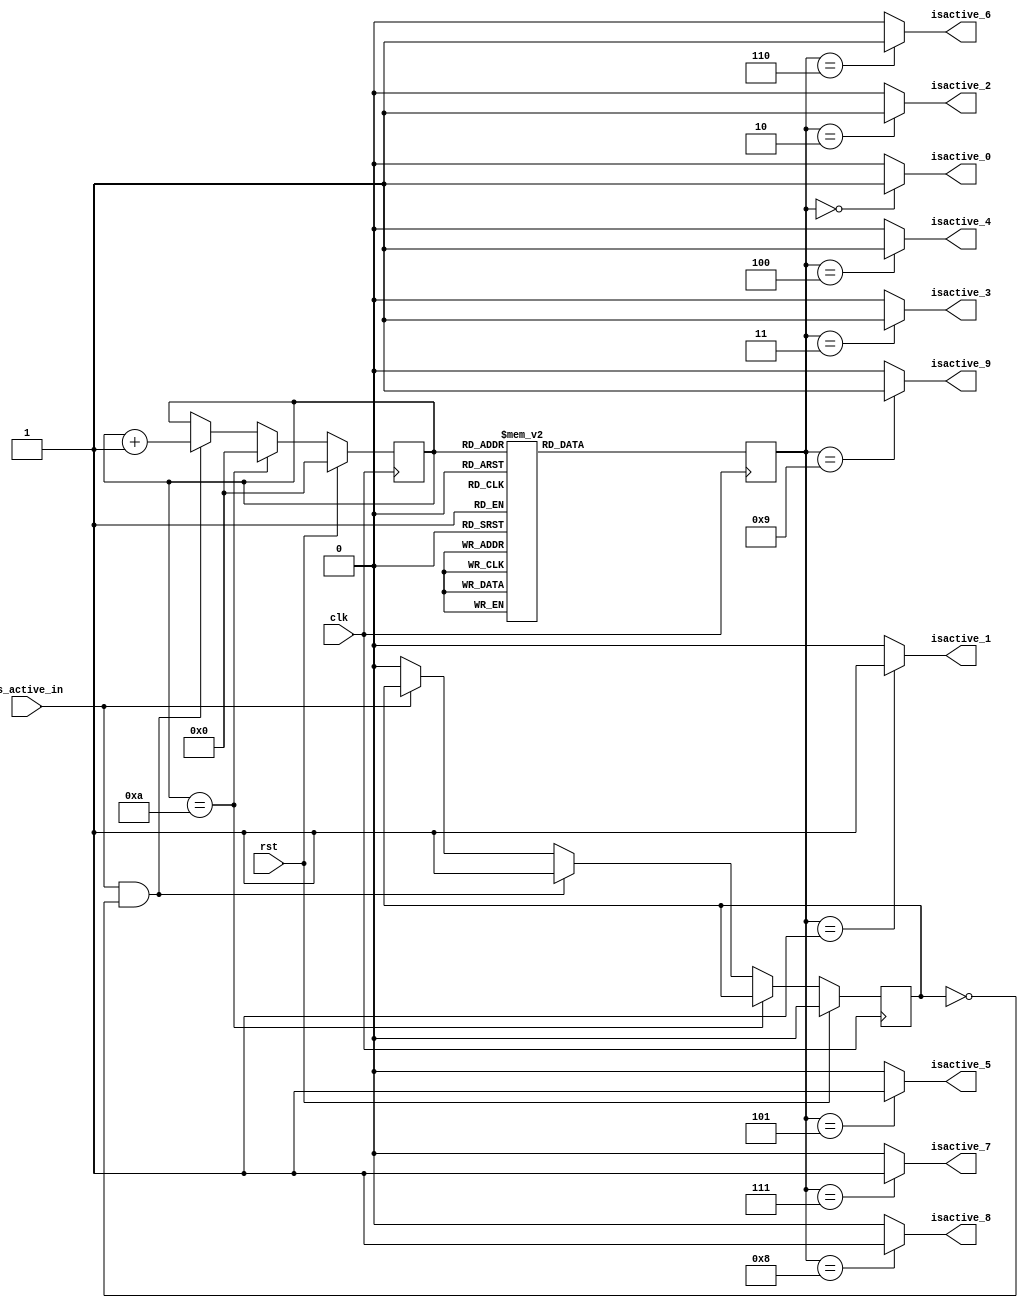
`timescale 1ns / 1ps

module Score_Logic_Module_Snake
    
    (
        input clk, 
        input is_active_in, 
        input rst, 
        
        output isactive_0,
        output isactive_1,
        output isactive_2,
        output isactive_3,
        output isactive_4,
        output isactive_5,
        output isactive_6,
        output isactive_7,
        output isactive_8,
        output isactive_9

    );
    
    reg [3:0] value;
    reg [3:0] count; 
    reg btn_prev_state;
    
    always@(posedge clk)
        begin
            if(rst == 1) 
                begin
                    count <= 0;
                    btn_prev_state <= 0; 
                end
            else
                begin 
                
                    if(count == 10) 
                    
                         count <= 0; 
                    else 
                        if(is_active_in == 1 && btn_prev_state == 0)
                            begin 
                                count <= count + 1;
                                btn_prev_state <= 1; 
                            end
                        else
                            begin
                                if(is_active_in == 0) 
                                    begin
                                        btn_prev_state <= 0; 
                                    end
                            end                
                end
        end
    
    always@(posedge clk) 
        begin 
            case(count)           
                0: value = 4'd0; // 0 
                1: value = 4'd1; // 1
                2: value = 4'd2; // 2
                3: value = 4'd3; // 3
                4: value = 4'd4; // 4
                5: value = 4'd5; // 5 
                6: value = 4'd6; // 6 
                7: value = 4'd7; // 7 
                8: value = 4'd8; // 8
                9: value = 4'd9; // 9   
                default : value = 4'd0; //default value 0          
            endcase
        end
        
    assign isactive_0 = (value == 0) ? 1 : 0 ;
    assign isactive_1 = (value == 1) ? 1 : 0 ;
    assign isactive_2 = (value == 2) ? 1 : 0 ;
    assign isactive_3 = (value == 3) ? 1 : 0 ;    
    assign isactive_4 = (value == 4) ? 1 : 0 ;
    assign isactive_5 = (value == 5) ? 1 : 0 ;
    assign isactive_6 = (value == 6) ? 1 : 0 ;
    assign isactive_7 = (value == 7) ? 1 : 0 ; 
    assign isactive_8 = (value == 8) ? 1 : 0 ;
    assign isactive_9 = (value == 9) ? 1 : 0 ;
        
endmodule